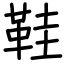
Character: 鞋